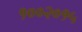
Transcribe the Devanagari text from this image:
१००२०१५